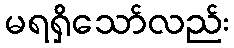
မရရှိသော်လည်း